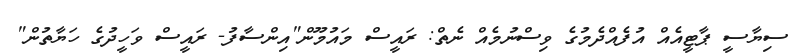
ސިޔާސީ ޕާޓީއެއް އުފެއްދެމުގެ ވިސްނުމެއް ނެތް: ރައީސް މައުމޫން"އިންސާފު- ރައީސް ވަހީދުގެ ހަޔާތުން"